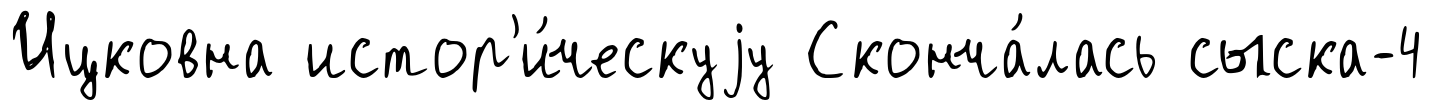
Ицковна истор'и́ческуjу Сконча́лась сыска-4